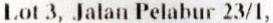
LOT 3, JALAN PELABUR 23/1,